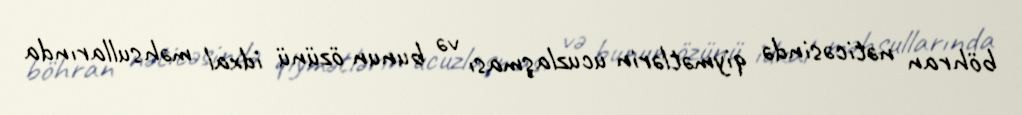
böhran nəticəsində qiymətlərin ucuzlaşması və bunun özünü idxal məhsullarında